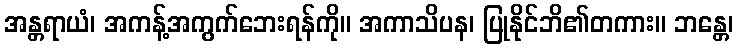
အန္တရာယံ၊ အကန့်အကွက်ဘေးရန်ကို။ အကာသိပန၊ ပြုနိုင်ဘိ၏တကား။ ဘန္တေ၊